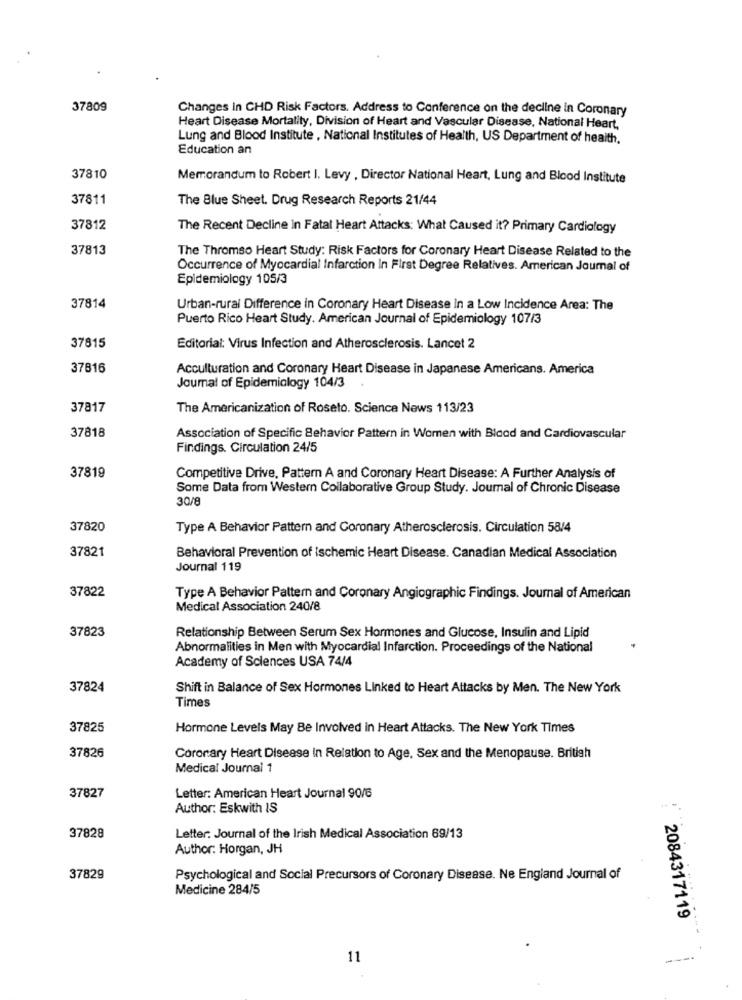
37809
Changes In CHD Risk Factors. Address to Conference on the decline in Coronary
Heart Disease Mortality, Division of Heart and Vascular Disease, National Heart,
Lung and Blood Institute , National Institutes of Health, US Department of health.
Education an
37810
Memorandum to Robert I. Levy , Director National Heart, Lung and Blood Institute
37811
The Blue Sheet. Drug Research Reports 21/44
37812
The Recent Decline in Fatal Heart Attacks: What Caused it? Primary Cardiology
37813
The Thromso Heart Study: Risk Factors for Coronary Heart Disease Related to the
Occurrence of Myocardial Infarction In First Degree Relatives. American Journal of
Epidemiology 105/3
37814
Urban-rural Difference in Coronary Heart Disease in a Low Incidence Area: The
Puerto Rico Heart Study. American Journal of Epidemiology 107/3
37815
Editorial: Virus Infection and Atherosclerosis. Lancet 2
37816
Acculturation and Coronary Heart Disease in Japanese Americans. America
Journal of Epidemiology 104/3
37817
The Americanization of Roseto. Science News 113/23
37818
Association of Specific Behavior Pattern in Women with Blood and Cardiovascular
Findings. Circulation 24/5
37819
Competitive Drive, Pattern A and Coronary Heart Disease: A Further Analysis of
Some Data from Western Collaborative Group Study. Joumal of Chronic Disease
30/8
37820
Type A Behavior Pattern and Coronary Atherosclerosis. Circulation 58/4
37821
Behavioral Prevention of Ischemic Heart Disease. Canadian Medical Association
Journal 119
37822
Type A Behavior Pattern and Coronary Angiographic Findings. Journal of American
Medical Association 240/8
37823
Relationship Between Serum Sex Hormones and Glucose, Insulin and Lipid
Abnormalities in Men with Myocardial Infarction. Proceedings of the National
Academy of Sciences USA 74/4
37824
Shift in Balance of Sex Hormones Linked to Heart Attacks by Men. The New York
Times
37825
Hormone Levels May Be Involved in Heart Attacks. The New York Times
37826
Coronary Heart Disease in Relation to Age, Sex and the Menopause. British
Medical Journal 1
37827
Letter: American Heart Journal 90/6
Author: Eskwith IS
37828
Letter: Journal of the Irish Medical Association 69/13
Author: Horgan, JH
37829
Psychological and Social Precursors of Coronary Disease. Ne England Journal of
Medicine 284/5
2084317119
11